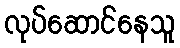
လုပ်ဆောင်နေသူ